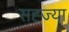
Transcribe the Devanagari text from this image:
सह्ज्या